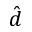
\hat { d }